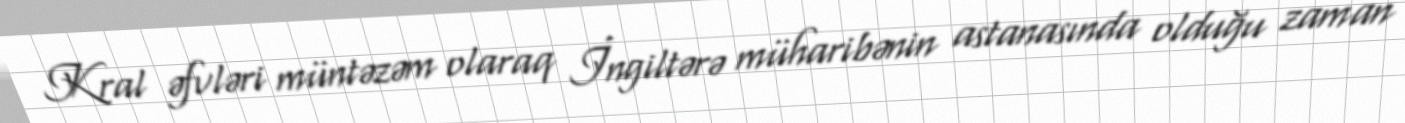
Kral əfvləri müntəzəm olaraq İngiltərə müharibənin astanasında olduğu zaman